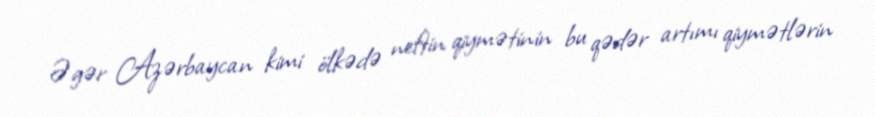
Əgər Azərbaycan kimi ölkədə neftin qiymətinin bu qədər artımı qiymətlərin